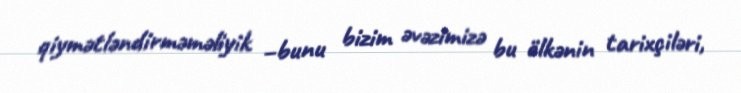
qiymətləndirməməliyik –bunu bizim əvəzimizə bu ölkənin tarixçiləri,